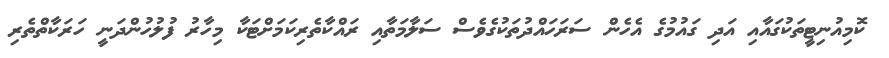
ކޮމިއުނިޓީތަކުގައާއި އަދި ގައުމުގެ އެހެން ސަރަހައްދުތަކުގެވެސް ސަލާމަތާއި ރައްކާތެރިކަމަށްޓަކާ މިހާރު ފުލުހުންދަނީ ހަރަކާތްތެރި